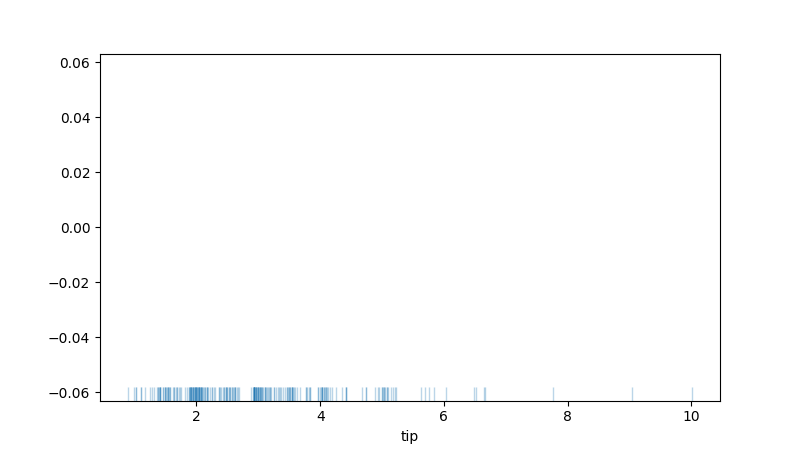
python, seaborn, rugplot, height=0.04, axis='x', alpha=0.3